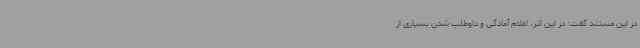
در این مستند گفت: در این اثر، اعلام آمادگی و داوطلب شدن بسیاری از